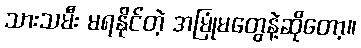
သားသမီး မရနိုင်တဲ့ အမြုံမတွေနဲ့ဆိုတော့။